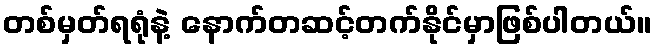
တစ်မှတ်ရရုံနဲ့ နောက်တဆင့်တက်နိုင်မှာဖြစ်ပါတယ်။